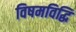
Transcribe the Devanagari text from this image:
विषमविद्धि